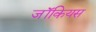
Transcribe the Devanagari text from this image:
जॉकियस